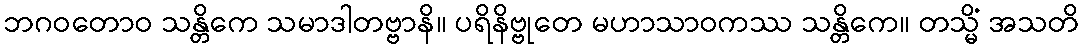
ဘဂဝတောဝ သန္တိကေ သမာဒါတဗ္ဗာနိ။ ပရိနိဗ္ဗုတေ မဟာသာဝကဿ သန္တိကေ။ တသ္မိံ အသတိ